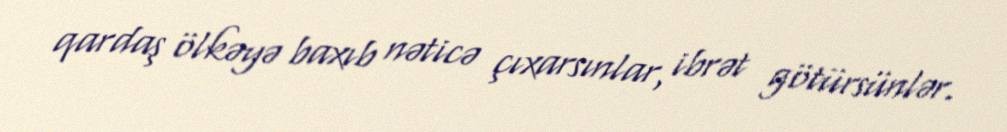
qardaş ölkəyə baxıb nəticə çıxarsınlar, ibrət götürsünlər.